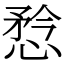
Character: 㥤